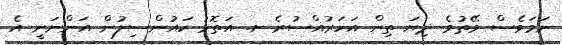
ނަމަވެސް ވޭތުވެ ދިޔަ ތިން އަހަރުއްސުރެ ށ. އަތޮޅު ކައުންސިލުން އަންނަނީ އެ